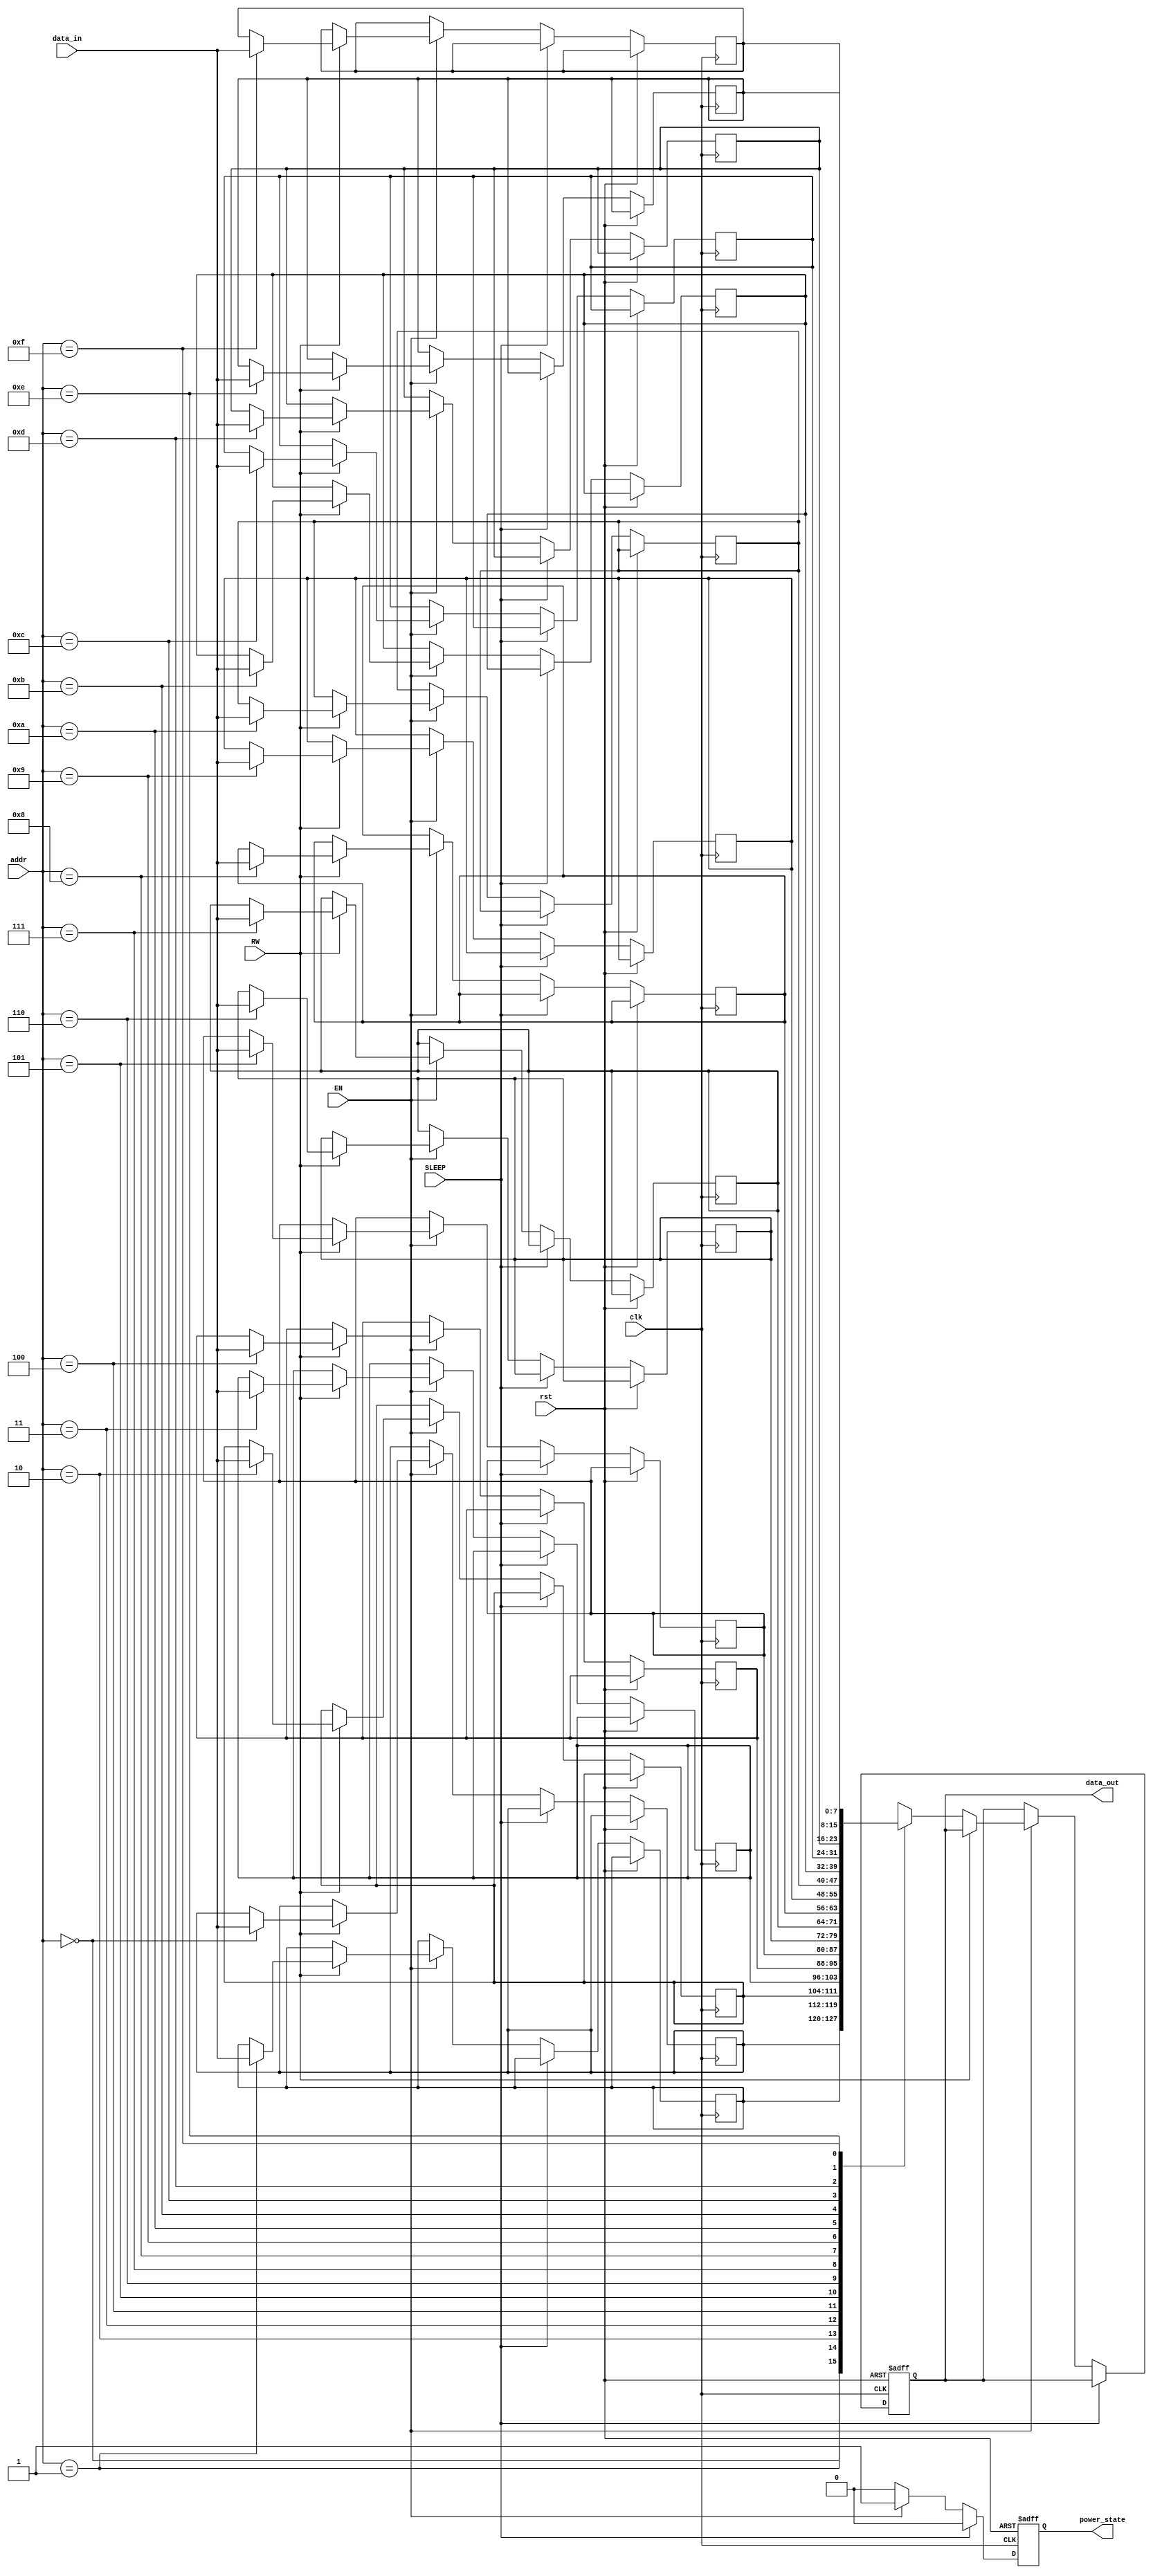
module MemoryBlockControl (
    input wire clk,            // Clock signal
    input wire rst,            // Reset signal
    input wire EN,             // Enable signal
    input wire SLEEP,          // Sleep signal
    input wire RW,             // Read/Write signal
    input wire [7:0] data_in,  // Data input
    input wire [3:0] addr,     // Address input
    output reg [7:0] data_out,  // Data output
    output reg power_state      // Power state indicator
);

    // Memory array (16x8 bits)
    reg [7:0] memory_array [15:0];

    // Power management logic
    always @(posedge clk or posedge rst) begin
        if (rst) begin
            power_state <= 1'b0; // Power off state
            data_out <= 8'b0;    // Clear data output
        end else begin
            // Control logic for power state
            if (SLEEP) begin
                power_state <= 1'b0; // Low power state
            end else if (EN) begin
                power_state <= 1'b1; // Active state
                if (RW) begin
                    // Write operation
                    memory_array[addr] <= data_in;
                end else begin
                    // Read operation
                    data_out <= memory_array[addr];
                end
            end else begin
                power_state <= 1'b0; // Power off state
            end
        end
    end

endmodule